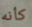
كأنه